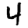
Digit: 4